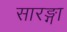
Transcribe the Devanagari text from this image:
सारङ्गा